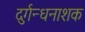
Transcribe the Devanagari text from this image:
दुर्गन्धनाशक